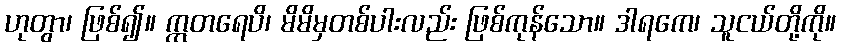
ဟုတွာ၊ ဖြစ်၍။ ဣတရေပိ၊ မိမိမှတစ်ပါးလည်း ဖြစ်ကုန်သော။ ဒါရကေ၊ သူငယ်တို့ကို။